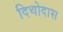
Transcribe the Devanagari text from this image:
दिथोदास